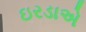
ઇરડાએ